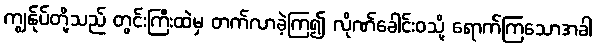
ကျွန်ုပ်တို့သည် တွင်းကြီးထဲမှ တက်လာခဲ့ကြ၍ လိုဏ်ခေါင်းဝသို့ ရောက်ကြသောအခါ